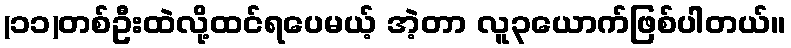
(၁၁)တစ်ဦးထဲလို့ထင်ရပေမယ့် အဲ့တာ လူ၃ယောက်ဖြစ်ပါတယ်။